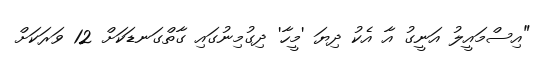
"އިސްމައީލު އަނީގު އާ އެކު ދިޔަ 'މީހާ' ދިގުމިނުގައި ގާތްގަނޑަކަށް 12 ވަރަކަށް